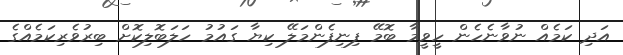
އަދި ކަމެއް ނުވާނެހެން ހީވީމާ ބޮމޭ ފިނިފެންމަލޭ ކިޔާ ގައުމު ހަލަބޮލިކޮށް ބިރުވެރިކަމެއްގެ